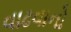
વાઢવાનો